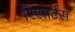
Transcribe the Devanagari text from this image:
रिसार्टस